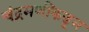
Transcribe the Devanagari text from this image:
चंद्रमणींकडून